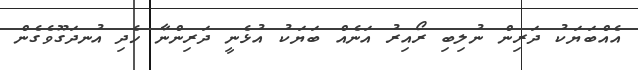
އެއްބަޔަކު ދަރިން ނުލިބި ރޯއިރު އަނެއް ބަޔަކު އުޅެނީ ދަރިންނާ ހެދި އުނދަގޫވެގެން